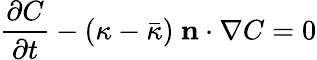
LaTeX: \frac{\partial C}{\partial t}-(\kappa-\bar{\kappa})\ \mathbf{n}\cdot\nabla C=0